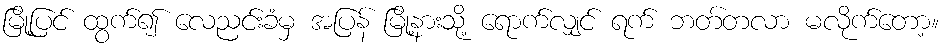
မြို့ပြင် ထွက်၍ လေညင်းခံမှ အပြန် မြို့နားသို့ ရောက်လျှင် ရက် ဘတ်တလာ မလိုက်တော့။